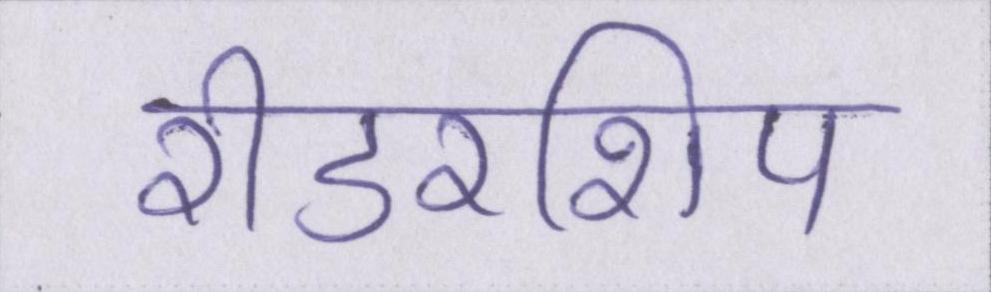
रीडरशिप